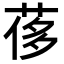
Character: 𦰿